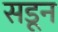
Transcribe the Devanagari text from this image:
सडून